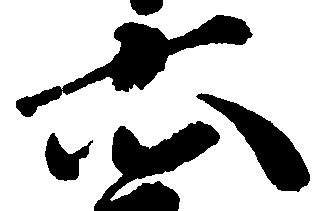
六